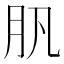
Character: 䏎